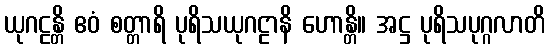
ယုဂဠန္တိ ဧဝံ စတ္တာရိ ပုရိသယုဂဠာနိ ဟောန္တိ။ အဋ္ဌ ပုရိသပုဂ္ဂလာတိ